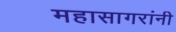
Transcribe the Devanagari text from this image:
महासागरांनी